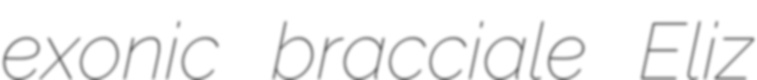
exonic bracciale Eliz